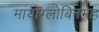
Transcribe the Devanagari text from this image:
मायोग्लोबिनमेह